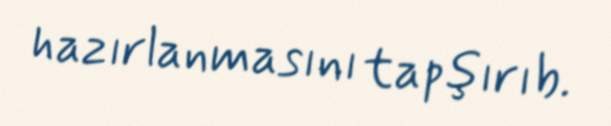
hazırlanmasını tapşırıb.